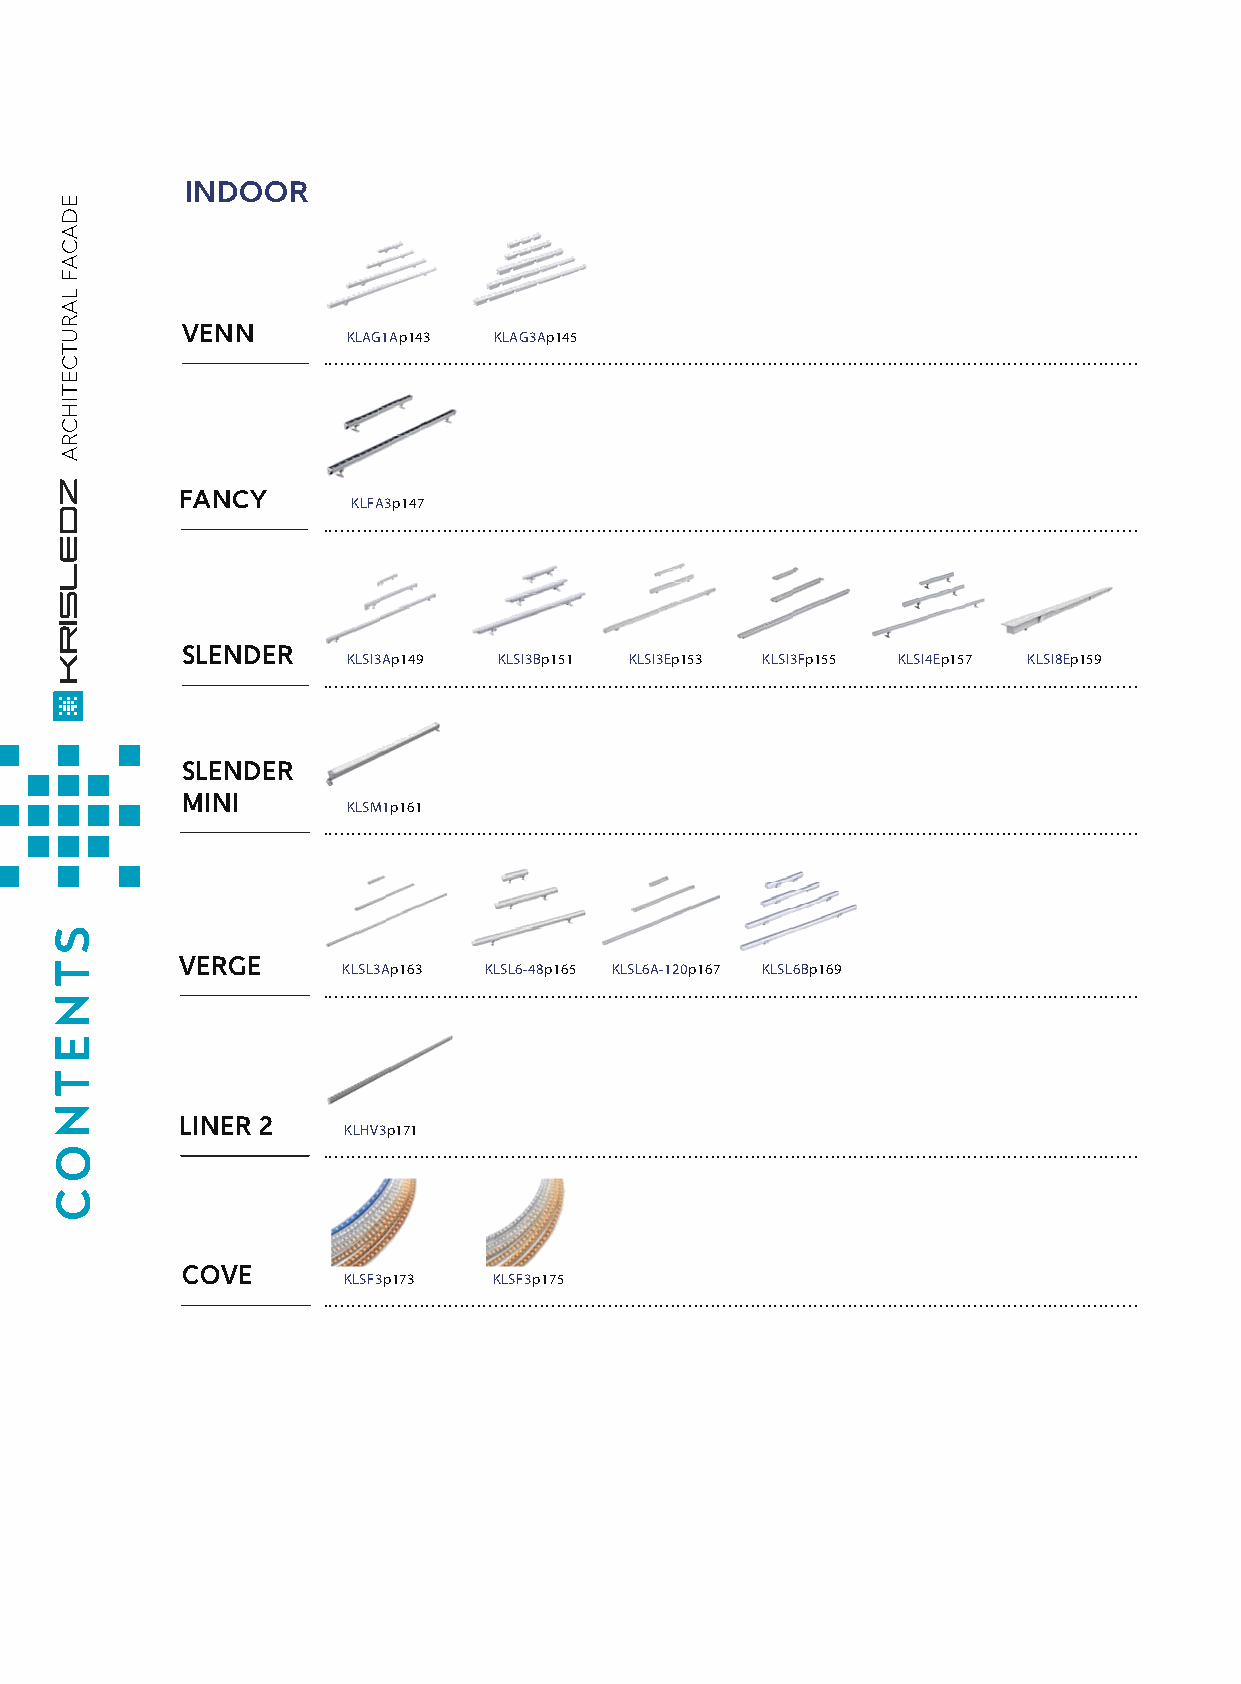
INDOOR
 VENN
 KLAG1Ap143 KLAG3Ap145
 ...............................................................................................................................................
 FANCY
 KLFA3p147
 ...............................................................................................................................................
 SLENDER
 KLSI3Ap149 KLSI3Bp151 KLSI3Ep153 KLSI3Fp155 KLSI4Ep157 KLSI8Ep159
 ...............................................................................................................................................
 SLENDER
 MINI
 KLSM1p161
 ...............................................................................................................................................
 S
 VERGE
 T                   KLSL3Ap163 KLSL6-48p165 KLSL6A-120p167 KLSL6Bp169
 ...............................................................................................................................................
 N
 E
 T
 N        LINER 2
 KLHV3p171
 O                 ...............................................................................................................................................
 C
 COVE
 KLSF3p173 KLSF3p175
 ...............................................................................................................................................
 EDACAF
 LARUTCETIHCRA